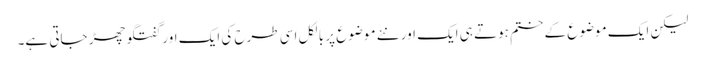
لیکن ایک موضوع کے ختم ہوتے ہی ایک اور نئے موضوع پر بالکل اسی طرح کی ایک اور گفتگو چھڑ جاتی ہے۔